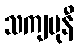
သကျမုနီ